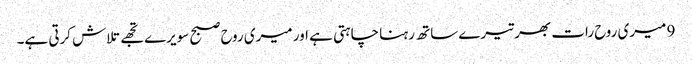
9 میری روح رات بھر تیرے ساتھ رہنا چاہتی ہے اور میری روح صبح سویرے تجھے تلاش کرتی ہے۔